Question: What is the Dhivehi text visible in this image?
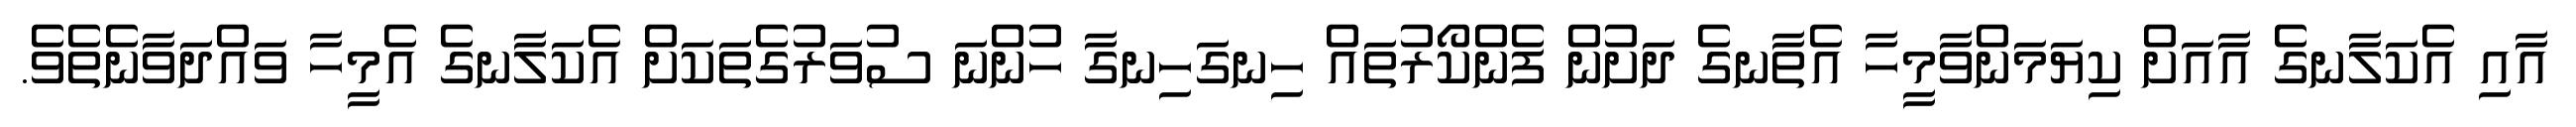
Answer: އާއި އެކަލާނގެ އާއަށް ކިޔަމަންވާމީހާ އެތާނގެ ދަށުން ފެންކޯރުތައް ހިނގަހިނގާ ހުންނަ ސުވަރުގެތަކަށް އެކަލާނގެ އެމީހާ ވައްދަވާނެތެވެ.